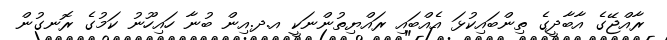
ރާއްޖޭގެ އާބާދީގެ ތިންބައިކުޅަ އެއްބައި ރައްޔިތުންނަކީ އ.ދ.އިން ބުނާ ހައިހޫނު ކަމުގެ ރޮނގުން